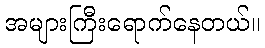
အများကြီးရောက်နေတယ်။